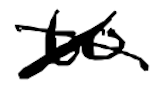
Text: to
Cross-out: cross
Writing tool: digital_black